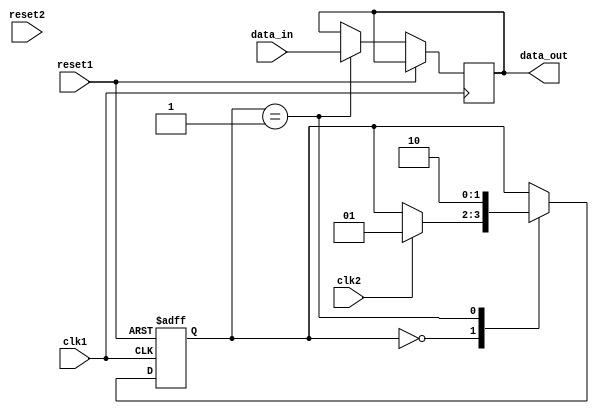
module synchronizer_with_reset_sync(
    input wire clk1,
    input wire clk2,
    input wire reset1,
    input wire reset2,
    input wire data_in,
    output reg data_out
);

reg [1:0] sync_state;
reg [1:0] sync_reset_state;

always @(posedge clk1 or posedge reset1) begin
    if (reset1) begin
        sync_state <= 2'b00;
    end else begin
        case (sync_state)
            2'b00: begin
                if (clk2) begin
                    sync_state <= 2'b01;
                end
            end
            2'b01: begin
                data_out <= data_in;
                sync_state <= 2'b10;
            end
        endcase
    end
end

always @(posedge clk2 or posedge reset2) begin
    if (reset2) begin
        sync_reset_state <= 2'b00;
    end else begin
        sync_reset_state <= 2'b01;
    end
end

endmodule